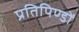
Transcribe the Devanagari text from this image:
प्रतिपिण्डों